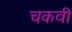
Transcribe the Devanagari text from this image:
चकवी